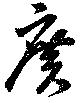
廣